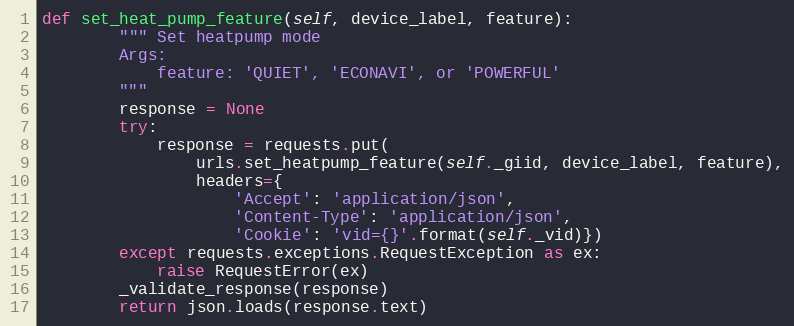
Language: Python
def set_heat_pump_feature(self, device_label, feature):
        """ Set heatpump mode
        Args:
            feature: 'QUIET', 'ECONAVI', or 'POWERFUL'
        """
        response = None
        try:
            response = requests.put(
                urls.set_heatpump_feature(self._giid, device_label, feature),
                headers={
                    'Accept': 'application/json',
                    'Content-Type': 'application/json',
                    'Cookie': 'vid={}'.format(self._vid)})
        except requests.exceptions.RequestException as ex:
            raise RequestError(ex)
        _validate_response(response)
        return json.loads(response.text)